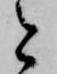
と